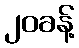
၂၀ခန့်